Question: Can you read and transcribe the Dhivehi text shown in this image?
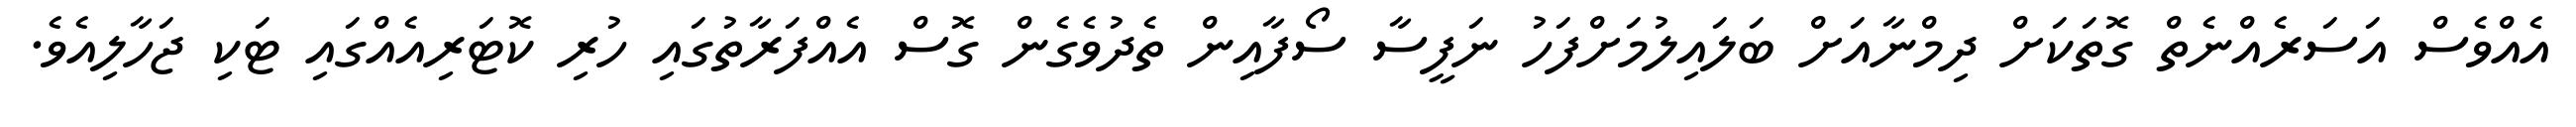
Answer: އެއްވެސް އަސަރެއްނެތް ގޮތަކަށް ދިމްނާއަށް ބަލައިލުމަށްފަހު ނަފީސާ ސޯފާއިން ތެދުވެގެން ގޮސް އެއްފަރާތުގައި ހުރި ކޮޓަރިއެއްގައި ޓަކި ޖަހާލިއެވެ.